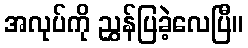
အလုပ်ကို ညွှန်ပြခဲ့လေပြီ။